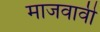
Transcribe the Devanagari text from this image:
माजवावी